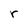
Character: r